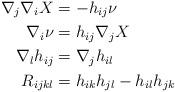
LaTeX: \begin{align*}&& \nabla_j\nabla_i X & = -h_{ij}\nu && \\&& \nabla_i\nu & = h_{ij}\nabla_jX && \\&& \nabla_l h_{ij} &= \nabla_j h_{il} &&\\&& R_{ijkl} &= h_{ik}h_{jl}-h_{il}h_{jk} &&\end{align*}